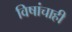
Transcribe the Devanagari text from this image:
विषांचाही